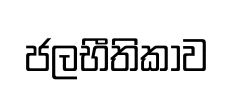
ජලභීතිකාව